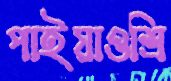
পাইয়াওশ্রি